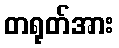
တရုတ်အား